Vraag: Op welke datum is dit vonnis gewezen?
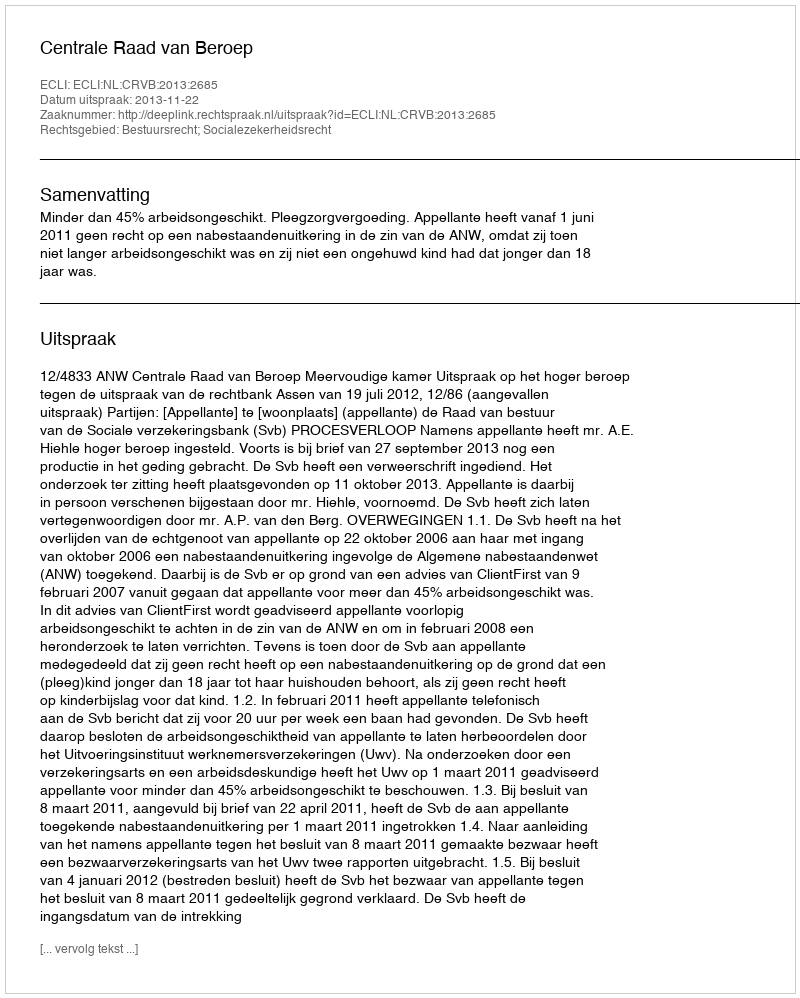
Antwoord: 2013-11-22